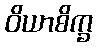
ဝိယာစိက္ခ